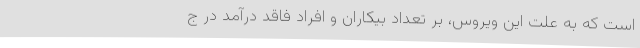
است که به علت این ویروس، بر تعداد بیکاران و افراد فاقد درآمد در ج